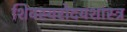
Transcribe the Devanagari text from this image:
शिवस्वरोदयशास्त्र